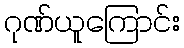
ဂုဏ်ယူကြောင်း